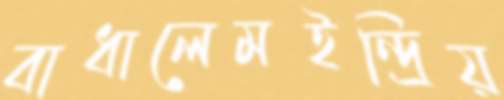
বাধালেমইন্দ্রিয়